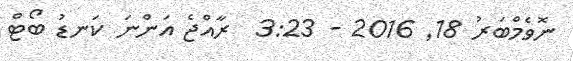
ނޮވެމްބަރު 18